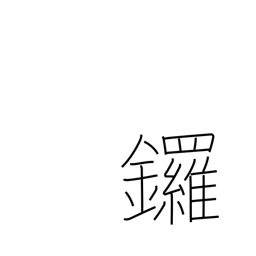
Meaning: gong